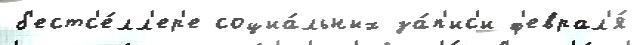
б'естс'е́лл'ер'е социа́льных за́п'ис'и ф'еврал'я́